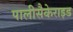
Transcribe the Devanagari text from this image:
पालीसैकेराइड